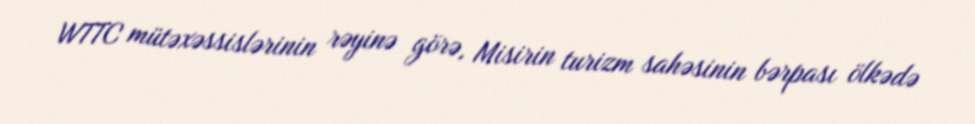
WTTC mütəxəssislərinin rəyinə görə, Misirin turizm sahəsinin bərpası ölkədə